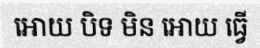
អោយ បិទ មិន អោយ ធ្វើ